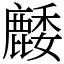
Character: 䴧